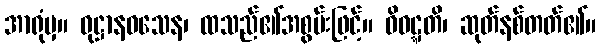
အာရုံမှ။ ဝုဋ္ဌာနဝသေန၊ ထသည်၏အစွမ်းဖြင့်။ ဝိဝဋ္ဋတိ၊ ဆုတ်နစ်တတ်၏။